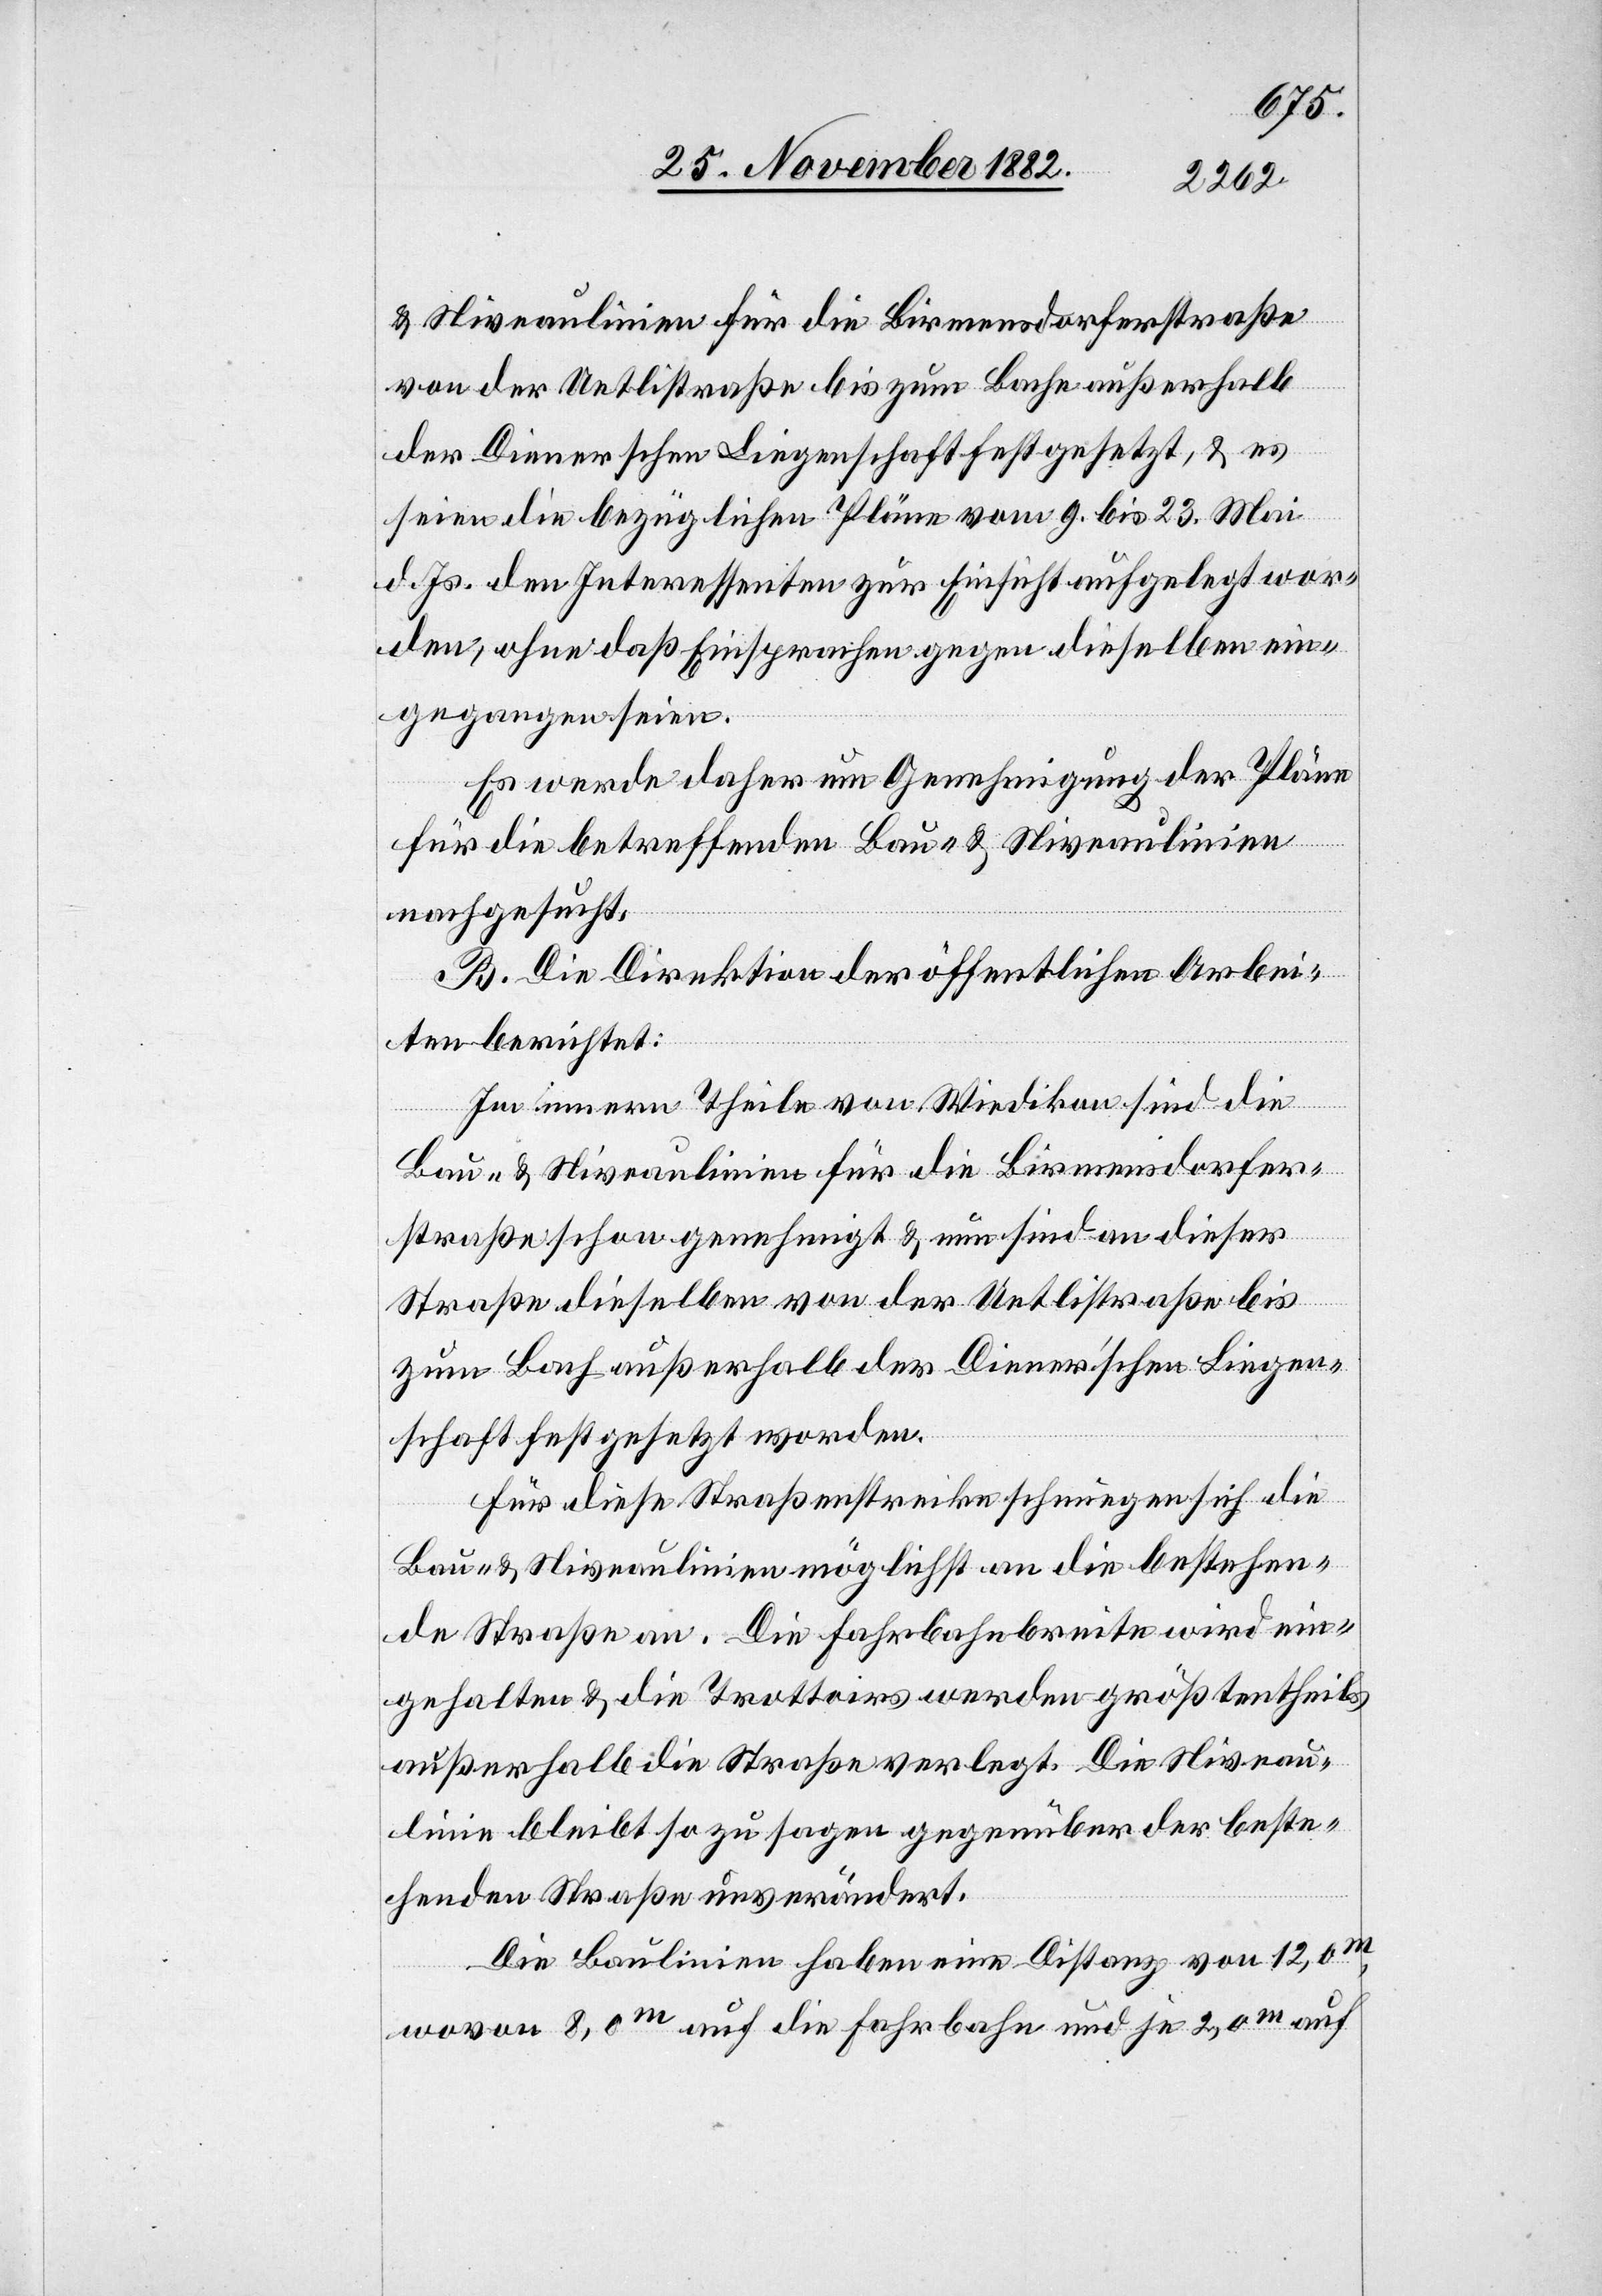
& Niveaulinien für die Birmensdorferstraße
von der Uetlistraße bis zum Bache außerhalb
der Dienerschen Liegenschaft festgesetzt, & es
seien die bezüglichen Pläne vom 9. bis 23. Mai
d. Js. den Interessenten zur Einsicht aufgelegt wor¬
den, ohne daß Einsprachen gegen dieselben ein¬
gegangen seien.
Es werde daher um Genehmigung der Pläne
für die betreffenden Bau- & Niveaulinien
nachgesucht.
B. Die Direktion der öffentlichen Arbei¬
ten berichtet:
Im innern Theile von Wiedikon sind die
Bau- & Niveaulinien für die Birmensdorfer¬
straße schon genehmigt & nun sind an dieser
Straße dieselben von der Uetlistraße bis
zum Bach außerhalb der Diener’schen Liegen¬
schaft festgesetzt worden.
Für diese Straßenstrecke schmiegen sich die
Bau- & Niveaulinien möglichst an die bestehen¬
de Straße an. Die Fahrbahnbreite wird ein¬
gehalten & die Trottoirs werden größtentheils
außerhalb die [sic!] Straße verlegt. Die Niveau¬
linie bleibt so zu sagen gegenüber der beste¬
henden Straße unverändert.
Die Baulinien haben eine Distanz von 12,0m,
wovon 8,0m auf die Fahrbahn und je 2,0m auf